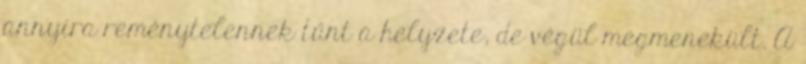
annyira reménytelennek tűnt a helyzete, de végül megmenekült. A